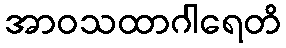
အာဝသထာဂါရေတိ